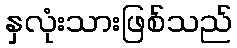
နှလုံးသားဖြစ်သည်